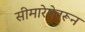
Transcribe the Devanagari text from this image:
सीमारेषेवरून